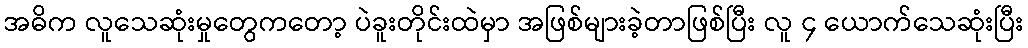
အဓိက လူသေဆုံးမှုတွေကတော့ ပဲခူးတိုင်းထဲမှာ အဖြစ်များခဲ့တာဖြစ်ပြီး လူ ၄ ယောက်သေဆုံးပြီး